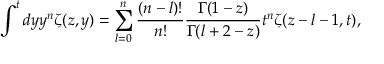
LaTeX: \int ^ { t } d y y ^ { n } \zeta ( z , y ) = \sum _ { l = 0 } ^ { n } \frac { ( n - l ) ! } { n ! } \frac { \Gamma ( 1 - z ) } { \Gamma ( l + 2 - z ) } t ^ { n } \zeta ( z - l - 1 , t ) ,